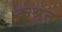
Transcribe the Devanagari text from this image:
कश्रुत